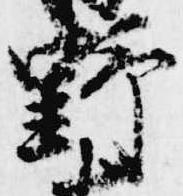
野